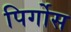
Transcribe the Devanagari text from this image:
पिर्गोस